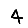
Digit: 4